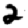
Digit: 2